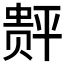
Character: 𲃆